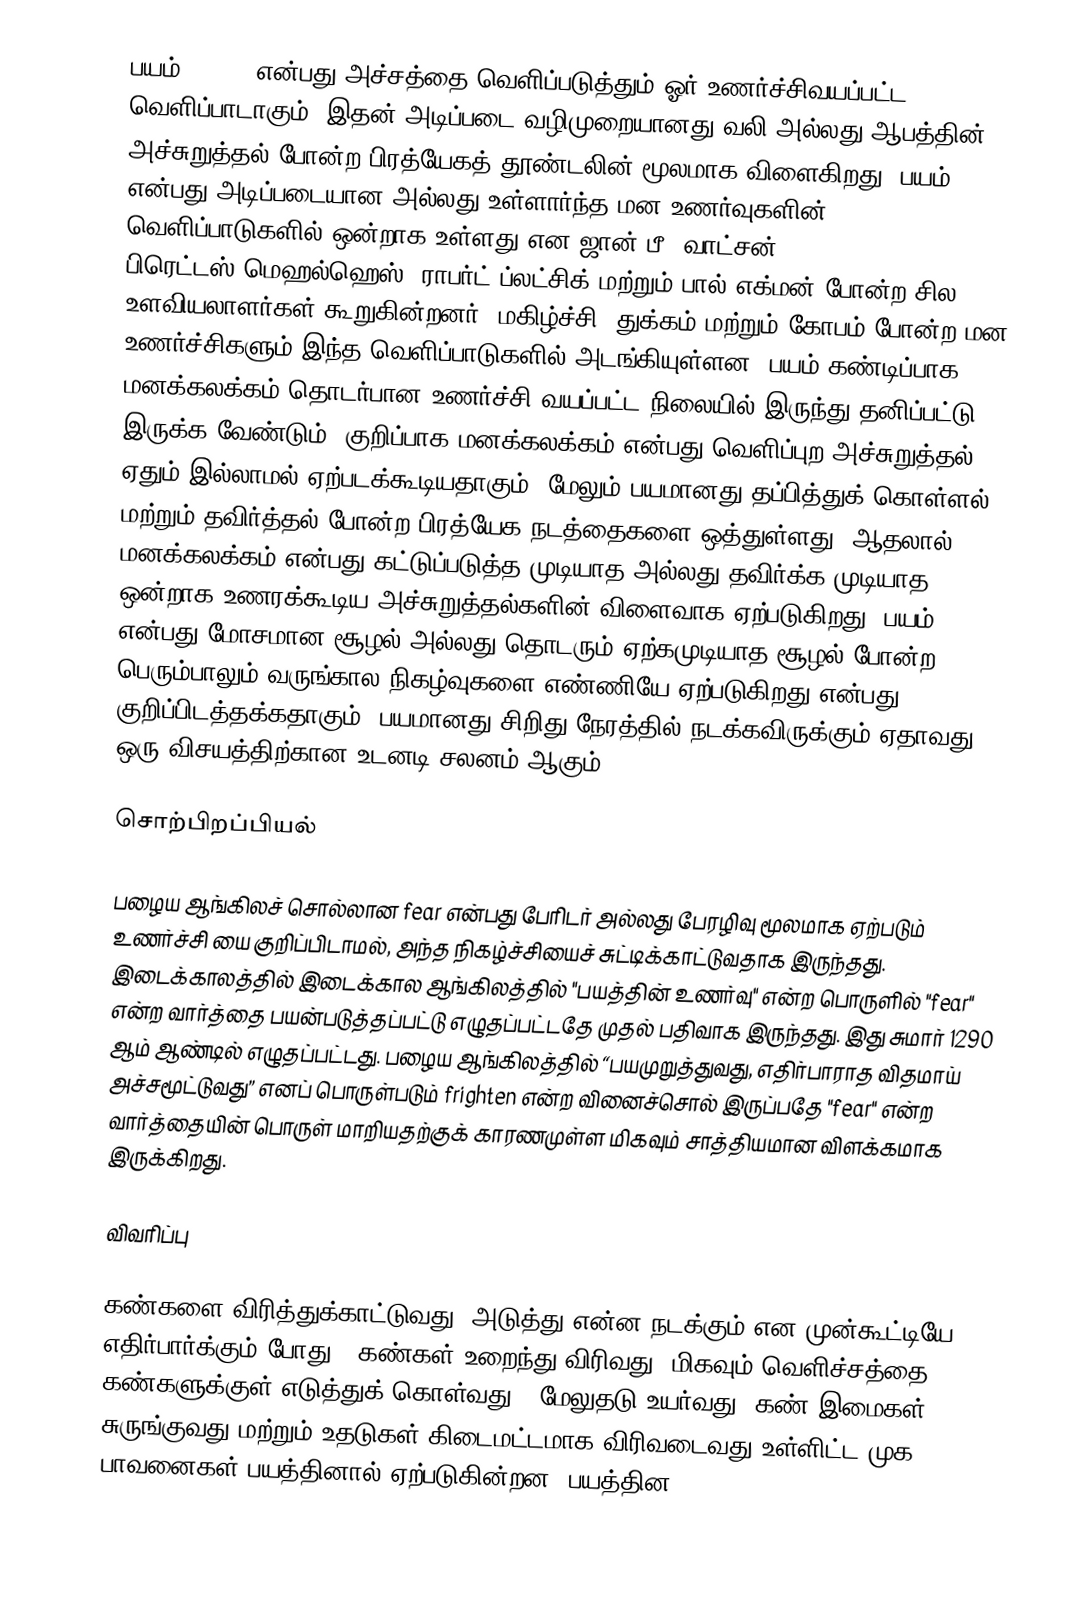
பயம் (fear) என்பது அச்சத்தை வெளிப்படுத்தும் ஓர் உணர்ச்சிவயப்பட்ட வெளிப்பாடாகும். இதன் அடிப்படை வழிமுறையானது வலி அல்லது ஆபத்தின் அச்சுறுத்தல் போன்ற பிரத்யேகத் தூண்டலின் மூலமாக விளைகிறது. பயம் என்பது அடிப்படையான அல்லது உள்ளார்ந்த மன உணர்வுகளின் வெளிப்பாடுகளில் ஒன்றாக உள்ளது என ஜான் பீ. வாட்சன், பிரெட்டஸ்-மெஹல்ஹெஸ், ராபர்ட் ப்லட்சிக் மற்றும் பால் எக்மன் போன்ற சில உளவியலாளர்கள் கூறுகின்றனர். மகிழ்ச்சி, துக்கம் மற்றும் கோபம் போன்ற மன உணர்ச்சிகளும் இந்த வெளிப்பாடுகளில் அடங்கியுள்ளன. பயம் கண்டிப்பாக மனக்கலக்கம் தொடர்பான உணர்ச்சி வயப்பட்ட நிலையில் இருந்து தனிப்பட்டு இருக்க வேண்டும். குறிப்பாக மனக்கலக்கம் என்பது வெளிப்புற அச்சுறுத்தல் ஏதும் இல்லாமல் ஏற்படக்கூடியதாகும். மேலும் பயமானது தப்பித்துக் கொள்ளல் மற்றும் தவிர்த்தல் போன்ற பிரத்யேக நடத்தைகளை ஒத்துள்ளது. ஆதலால் மனக்கலக்கம் என்பது கட்டுப்படுத்த முடியாத அல்லது தவிர்க்க முடியாத ஒன்றாக உணரக்கூடிய அச்சுறுத்தல்களின் விளைவாக ஏற்படுகிறது. பயம் என்பது மோசமான சூழல் அல்லது தொடரும் ஏற்கமுடியாத சூழல் போன்ற பெரும்பாலும் வருங்கால நிகழ்வுகளை எண்ணியே ஏற்படுகிறது என்பது குறிப்பிடத்தக்கதாகும். பயமானது சிறிது நேரத்தில் நடக்கவிருக்கும் ஏதாவது ஒரு விசயத்திற்கான உடனடி சலனம் ஆகும்.

சொற்பிறப்பியல்

பழைய ஆங்கிலச் சொல்லான fear என்பது பேரிடர் அல்லது பேரழிவு மூலமாக ஏற்படும் உணர்ச்சி யை குறிப்பிடாமல், அந்த நிகழ்ச்சியைச் சுட்டிக்காட்டுவதாக இருந்தது. இடைக்காலத்தில் இடைக்கால ஆங்கிலத்தில் "பயத்தின் உணர்வு" என்ற பொருளில் "fear" என்ற வார்த்தை பயன்படுத்தப்பட்டு எழுதப்பட்டதே முதல் பதிவாக இருந்தது. இது சுமார் 1290 ஆம் ஆண்டில் எழுதப்பட்டது. பழைய ஆங்கிலத்தில் “பயமுறுத்துவது, எதிர்பாராத விதமாய் அச்சமூட்டுவது” எனப் பொருள்படும் frighten என்ற வினைச்சொல் இருப்பதே "fear" என்ற வார்த்தையின் பொருள் மாறியதற்குக் காரணமுள்ள மிகவும் சாத்தியமான விளக்கமாக இருக்கிறது.

விவரிப்பு

கண்களை விரித்துக்காட்டுவது (அடுத்து என்ன நடக்கும் என முன்கூட்டியே எதிர்பார்க்கும் போது); கண்கள் உறைந்து விரிவது (மிகவும் வெளிச்சத்தை கண்களுக்குள் எடுத்துக் கொள்வது); மேலுதடு உயர்வது, கண் இமைகள் சுருங்குவது மற்றும் உதடுகள் கிடைமட்டமாக விரிவடைவது உள்ளிட்ட முக பாவனைகள் பயத்தினால் ஏற்படுகின்றன. பயத்தின